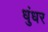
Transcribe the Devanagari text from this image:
धुंधर